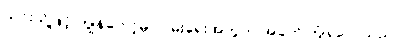
ယင်းသို့ဖြင့် ကျွန်တော့်မှာ ဝမ်းရေးအတွက် အခက်ကြုံရလေသည်။